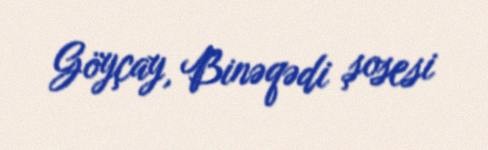
Göyçay, Binəqədi şosesi